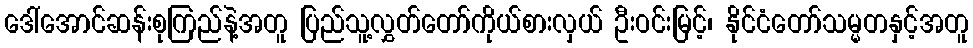
ဒေါ်အောင်ဆန်းစုကြည်နဲ့အတူ ပြည်သူ့လွှတ်တော်ကိုယ်စားလှယ် ဦးဝင်းမြင့်၊ နိုင်ငံတော်သမ္မတနှင့်အတူ